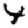
Digit: 4